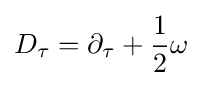
D_{\tau }=\partial _{\tau }+{\frac {1}{2}}\omega